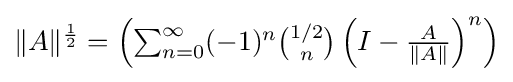
{\textstyle \|A\|^{\frac {1}{2}}=\left(\sum _{n=0}^{\infty }(-1)^{n}{\binom {1/2}{n}}\left(I-{\frac {A}{\|A\|}}\right)^{n}\right)}